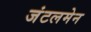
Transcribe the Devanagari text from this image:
जंटलमेन